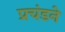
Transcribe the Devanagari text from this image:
प्रचंडने